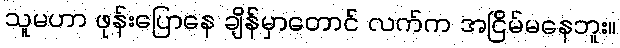
သူမဟာ ဖုန်းပြောနေ ချိန်မှာတောင် လက်က အငြိမ်မနေဘူး။